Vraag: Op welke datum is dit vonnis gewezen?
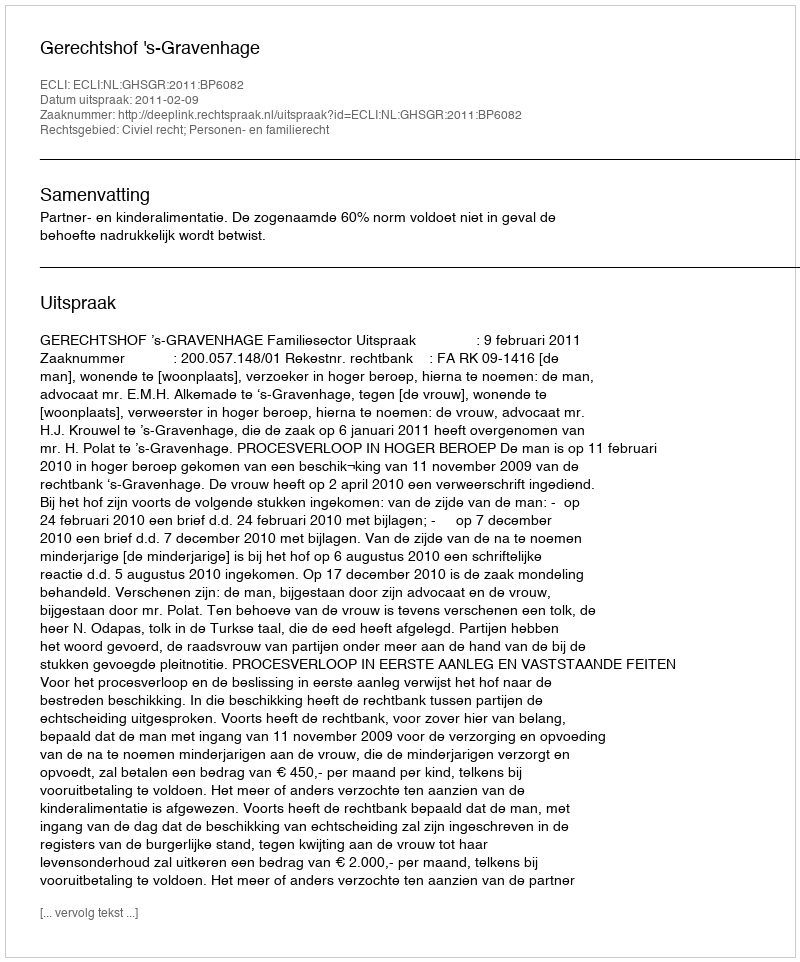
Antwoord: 2011-02-09